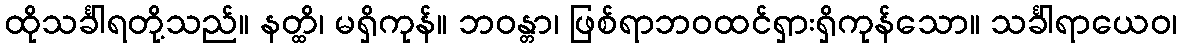
ထိုသင်္ခါရတို့သည်။ နတ္ထိ၊ မရှိကုန်။ ဘဝန္တာ၊ ဖြစ်ရာဘဝထင်ရှားရှိကုန်သော။ သင်္ခါရာယေဝ၊